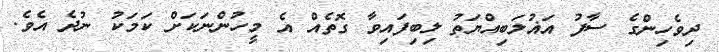
ދިވެހިންގެ ސާފު އަޣުލަބިއްޔަތު ލިބިފައިވާ ގޮތެއް އެ މީހުންނަކަށް ކަމަކު ނުދެ އެވެ.